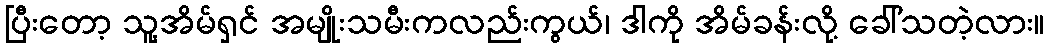
ပြီးတော့ သူ့အိမ်ရှင် အမျိုးသမီးကလည်းကွယ်၊ ဒါကို အိမ်ခန်းလို့ ခေါ်သတဲ့လား။